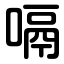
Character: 嗝